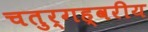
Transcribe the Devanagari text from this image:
चतुर्गह्वरीय